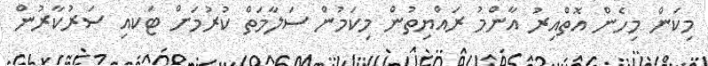
މިކަން މިހެން އޮތްއިރު އާންމު ރައްޔިިތުން މިކަމުުން ސަލާމަތް ކުރުމަށް ޓަކއި ސަރުކާރުން